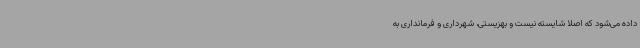
داده می‌شود که اصلا شایسته نیست و بهزیستی، شهرداری و فرمانداری به